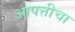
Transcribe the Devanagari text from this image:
आपत्तीचा